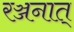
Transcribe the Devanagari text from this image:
रञ्जनात्